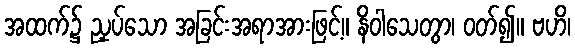
အထက်၌ ညှပ်သော အခြင်းအရာအားဖြင့်။ နိဝါသေတွာ၊ ဝတ်၍။ ဗဟိ၊